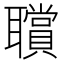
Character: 𦘆